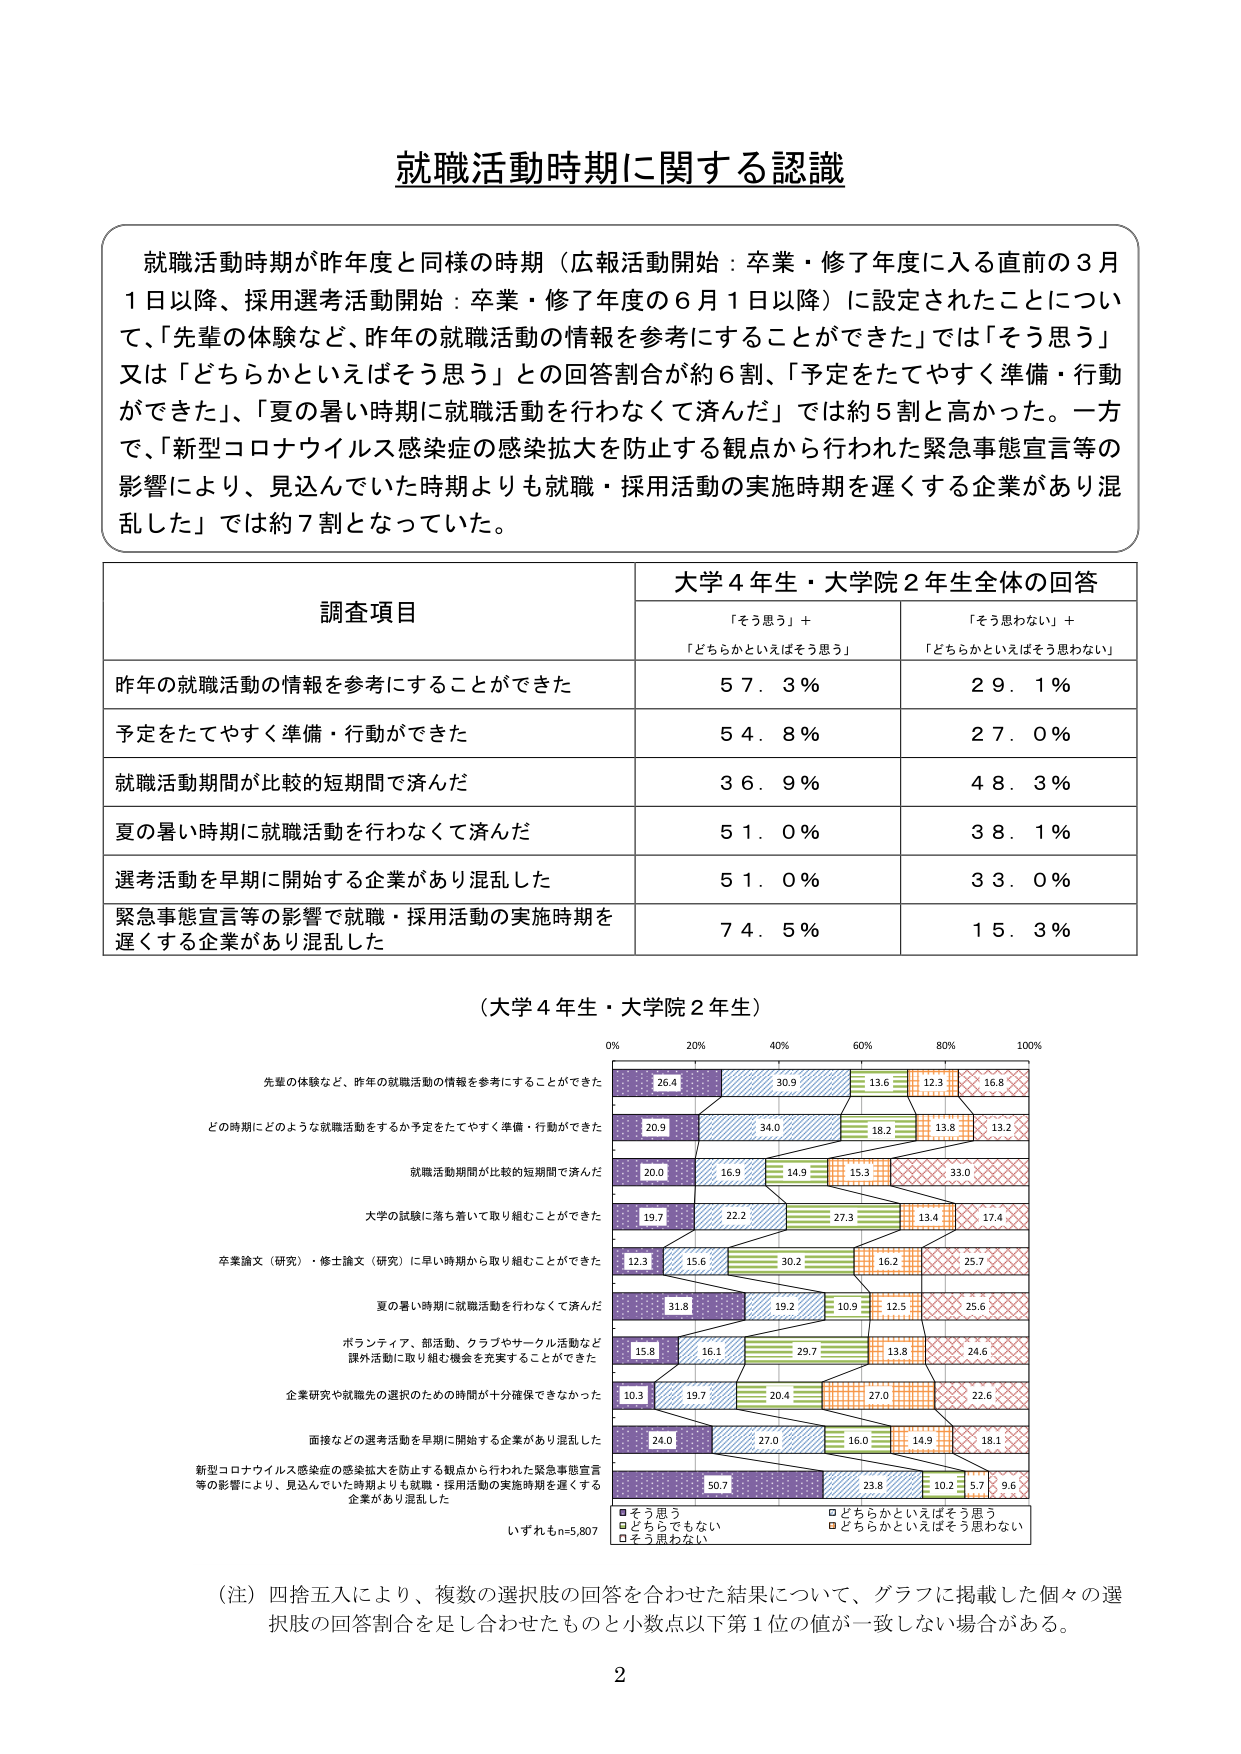
就職活動時期に関する認識

就職活動時期が昨年度と同様の時期（広報活動開始：卒業・修了年度に入る直前の3月1日以降、採用選考活動開始：卒業・修了年度の6月1日以降）に設定されたことについて、「先輩の体験など、昨年の就職活動の情報を参考にすることができた」では「そう思う」又は「どちらかといえばそう思う」との回答割合が約6割、「予定をたてやすく準備・行動ができた」、「夏の暑い時期に就職活動を行わなくて済んだ」では約5割と高かった。一方で、「新型コロナウイルス感染症の感染拡大を防止する観点から行われた緊急事態宣言等の影響により、見込んでいた時期よりも就職・採用活動の実施時期を遅くする企業があり混乱した」では約7割となっていた。

調査項目 大学4年生・大学院2年生全体の回答
「そう思う」＋「どちらかといえばそう思う」 「そう思わない」＋「どちらかといえばそう思わない」
昨年の就職活動の情報を参考にすることができた 57.3% 29.1%
予定をたてやすく準備・行動ができた 54.8% 27.0%
就職活動期間が比較的短期間で済んだ 36.9% 48.3%
夏の暑い時期に就職活動を行わなくて済んだ 51.0% 38.1%
選考活動を早期に開始する企業があり混乱した 51.0% 33.0%
緊急事態宣言等の影響で就職・採用活動の実施時期を遅くする企業があり混乱した 74.5% 15.3%

（大学4年生・大学院2年生）
0% 20% 40% 60% 80% 100%
先輩の体験など、昨年の就職活動の情報を参考にすることができた 26.4 30.9 13.6 12.3 16.8
どの時期にどのような就職活動をするか予定をたてやすく準備・行動ができた 20.9 34.0 18.2 13.8 13.2
就職活動期間が比較的短期間で済んだ 20.0 16.9 14.9 15.3 33.0
大学の試験に落ち着いて取り組むことができた 19.7 22.2 27.3 13.4 17.4
卒業論文（研究）・修士論文（研究）に早い時期から取り組むことができた 12.3 15.6 30.2 16.2 25.7
夏の暑い時期に就職活動を行わなくて済んだ 31.8 19.2 10.9 12.5 25.6
ボランティア、部活動、クラブやサークル活動など課外活動に取り組む機会を充実することができた 15.8 16.1 29.7 13.8 24.6
企業研究や就職先の選択のための時間が十分確保できなかった 10.3 19.7 20.4 27.0 22.6
面接などの選考活動を早期に開始する企業があり混乱した 24.0 27.0 16.0 14.9 18.1
新型コロナウイルス感染症の感染拡大を防止する観点から行われた緊急事態宣言等の影響により、見込んでいた時期よりも就職・採用活動の実施時期を遅くする企業があり混乱した 50.7 23.8 10.2 5.7 9.6
いずれもn=5,807
■そう思う □どちらかといえばそう思う
□どちらでもない □どちらかといえばそう思わない
□そう思わない

（注）四捨五入により、複数の選択肢の回答を合わせた結果について、グラフに掲載した個々の選択肢の回答割合を足し合わせたものと小数点以下第1位の値が一致しない場合がある。

2